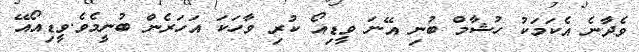
ވެދާނެ އެކަމަކު ހުޝާމް ބުނި އޭނަ ވީޑިއޯ ކުރި ވާހަކަ އަހަރެން ބުނީމެވެ.ވީޑިއޯއޭ